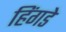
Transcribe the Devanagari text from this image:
हिंगडे